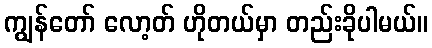
ကျွန်တော် လော့တ် ဟိုတယ်မှာ တည်းခိုပါမယ်။